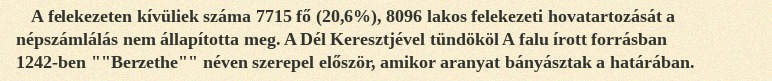
A felekezeten kívüliek száma 7715 fő (20,6%), 8096 lakos felekezeti hovatartozását a népszámlálás nem állapította meg. A Dél Keresztjével tündököl A falu írott forrásban 1242-ben ""Berzethe"" néven szerepel először, amikor aranyat bányásztak a határában.